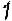
1